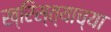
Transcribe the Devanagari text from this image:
ख्रिस्त्याच्या